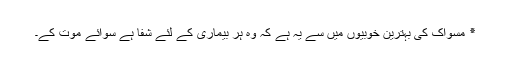
٭ مسواک کی بہترین خوبیوں میں سے یہ ہے کہ وہ ہر بیماری کے لئے شفا ہے سوائے موت کے۔